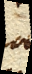
nam